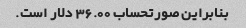
بنابراین صورتحساب 36.00 دلار است.